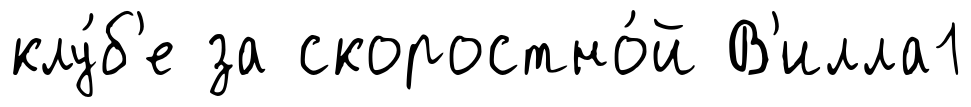
клу́б'е за скоростно́й В'илла1